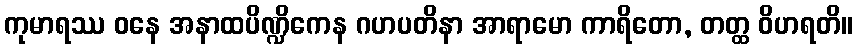
ကုမာရဿ ဝနေ အနာထပိဏ္ဍိကေန ဂဟပတိနာ အာရာမော ကာရိတော, တတ္ထ ဝိဟရတိ။